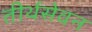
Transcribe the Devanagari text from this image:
तीर्थसेवन